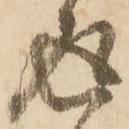
返